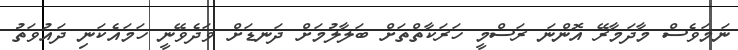
ނަމަވެސް މާދަމާރޭ އޮންނަ ރަސްމީ ހަރަކާތްތަށް ބަލާލުމަށް ދަނޑަށް ވަދެވޭނީ ހަމައެކަނި ދައުވަތު